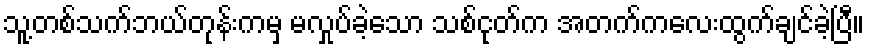
သူ့တစ်သက်ဘယ်တုန်းကမှ မလှုပ်ခဲ့သော သစ်ငုတ်က အတက်ကလေးထွက်ချင်ခဲ့ပြီ။